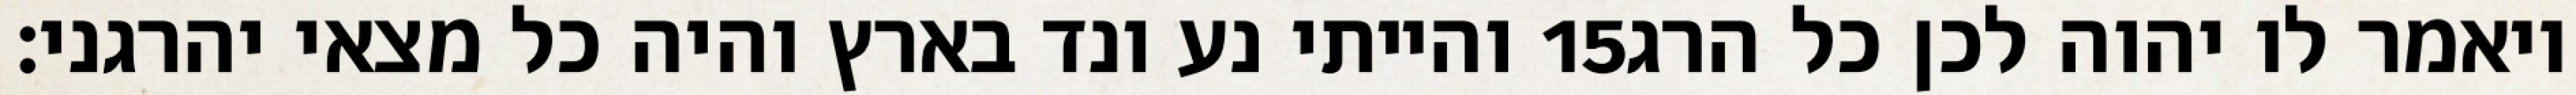
והייתי נע ונד בארץ והיה כל מצאי יהרגני׃ ‎15‏ ויאמר לו יהוה לכן כל הרג